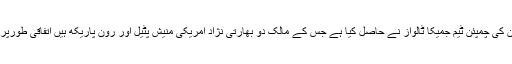
سی پی ایل میں شامل تیسرے پاکستانی عماد وسیم کو 2013 کے پہلے ایڈیشن کی چمپئن ٹیم جمیکا ٹالواز نے حاصل کیا ہے جس کے مالک دو بھارتی نژاد امریکی منیش پٹیل اور رون پاریکھ ہیں ٗاتفاقی طورپر ہالی ووڈ اسٹار گیراڈ بٹلر کا بھی کچھ حصہ بھی جمیکا ٹالواز میں شامل ہے۔